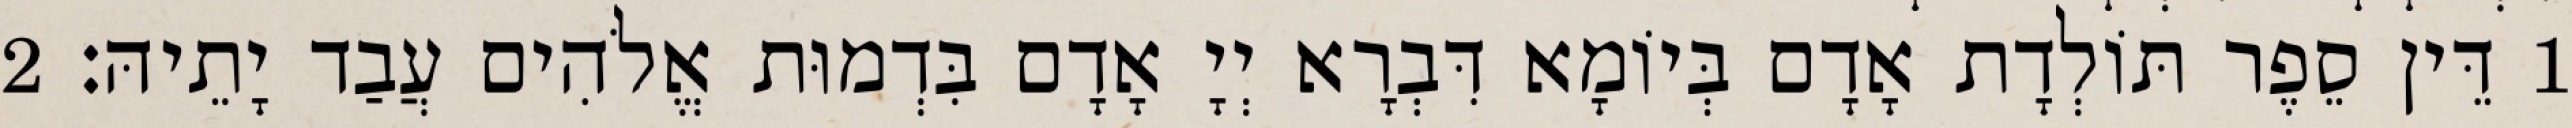
1 דֵּין סֵפֶר תּוֹלְדָת אָדָם בְּיוֹמָא דִּבְרָא יְיָ אָדָם בִּדְמוּת אֱלֹהִים עֲבַד יָתֵיהּ׃ 2